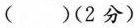
( )(2分)